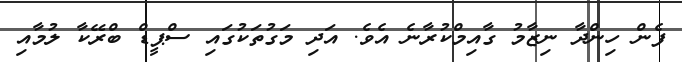
ފެން ހިންދާ ނިޒާމު ގާއިމްކުރާނެ އެވެ. އަދި މަގުތަކުގައި ސްޕީޑް ބްރޭކާ ލުމާއި